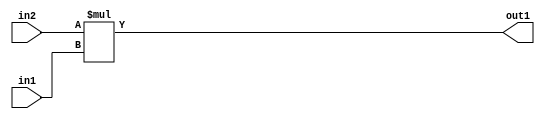
`timescale 1ps / 1ps
/*****************************************************************************
    Verilog RTL Description
    
    
    Created by: Stratus DpOpt 2019.1.01 
*******************************************************************************/

module SobelFilter_Mul_9Ux8U_17U_4 (
	in2,
	in1,
	out1
	); /* architecture "behavioural" */ 
input [8:0] in2;
input [7:0] in1;
output [16:0] out1;
wire [16:0] asc001;

assign asc001 = 
	+(in2 * in1);

assign out1 = asc001;
endmodule

/* CADENCE  urn0SAg= : u9/ySgnWtBlWxVPRXgAZ4Og= ** DO NOT EDIT THIS LINE ******/